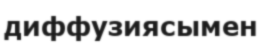
диффузиясымен